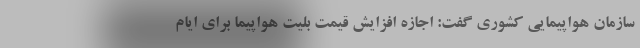
سازمان هواپیمایی کشوری گفت: اجازه افزایش قیمت بلیت هواپیما برای ایام